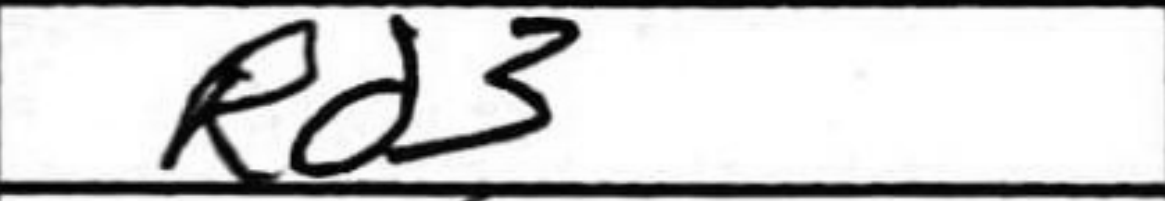
Transcription: Rd3